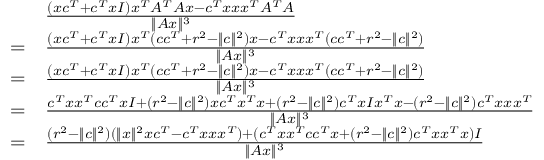
\begin{array} { r l } & { \frac { ( x c ^ { T } + c ^ { T } x I ) x ^ { T } A ^ { T } A x - c ^ { T } x x x ^ { T } A ^ { T } A } { \| A x \| ^ { 3 } } } \\ { = } & { \frac { ( x c ^ { T } + c ^ { T } x I ) x ^ { T } ( c c ^ { T } + r ^ { 2 } - \| c \| ^ { 2 } ) x - c ^ { T } x x x ^ { T } ( c c ^ { T } + r ^ { 2 } - \| c \| ^ { 2 } ) } { \| A x \| ^ { 3 } } } \\ { = } & { \frac { ( x c ^ { T } + c ^ { T } x I ) x ^ { T } ( c c ^ { T } + r ^ { 2 } - \| c \| ^ { 2 } ) x - c ^ { T } x x x ^ { T } ( c c ^ { T } + r ^ { 2 } - \| c \| ^ { 2 } ) } { \| A x \| ^ { 3 } } } \\ { = } & { \frac { c ^ { T } x x ^ { T } c c ^ { T } x I + ( r ^ { 2 } - \| c \| ^ { 2 } ) x c ^ { T } x ^ { T } x + ( r ^ { 2 } - \| c \| ^ { 2 } ) c ^ { T } x I x ^ { T } x - ( r ^ { 2 } - \| c \| ^ { 2 } ) c ^ { T } x x x ^ { T } } { \| A x \| ^ { 3 } } } \\ { = } & { \frac { ( r ^ { 2 } - \| c \| ^ { 2 } ) ( \| x \| ^ { 2 } x c ^ { T } - c ^ { T } x x x ^ { T } ) + ( c ^ { T } x x ^ { T } c c ^ { T } x + ( r ^ { 2 } - \| c \| ^ { 2 } ) c ^ { T } x x ^ { T } x ) I } { \| A x \| ^ { 3 } } } \end{array}